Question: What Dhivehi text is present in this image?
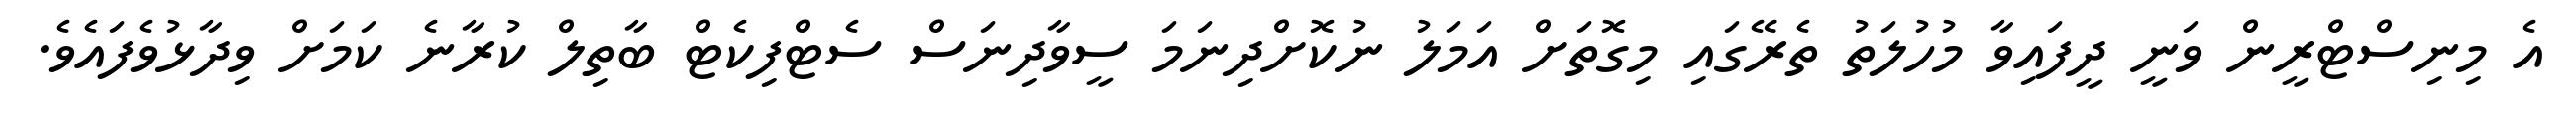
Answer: އެ މިނިސްޓްރީން ވަނީ ދީފައިވާ މުހުލަތު ތެރޭގައި މިގޮތަށް އަމަލު ނުކޮށްދިނަމަ ސީވާދިނަސް ސެޓްފިކެޓް ބާތިލް ކުރާނެ ކަމަށް ވިދާޅުވެފައެވެ.